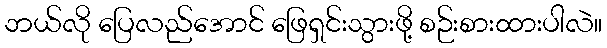
ဘယ်လို ပြေလည်အောင် ဖြေရှင်းသွားဖို့ စဉ်းစားထားပါလဲ။